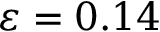
\varepsilon = 0 . 1 4